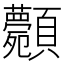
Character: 𩖉